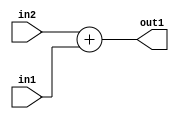
`timescale 1ps / 1ps
/*****************************************************************************
    Verilog RTL Description
    
    
    Created by: Stratus DpOpt 2019.1.01 
*******************************************************************************/

module st_weight_addr_gen_Add_16Ux8U_16U_4_0 (
	in2,
	in1,
	out1
	); /* architecture "behavioural" */ 
input [15:0] in2;
input [7:0] in1;
output [15:0] out1;
wire [15:0] asc001;

assign asc001 = 
	+(in2)
	+(in1);

assign out1 = asc001;
endmodule

/* CADENCE  ubL1Qg0= : u9/ySgnWtBlWxVPRXgAZ4Og= ** DO NOT EDIT THIS LINE ******/